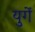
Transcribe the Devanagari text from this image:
युगें